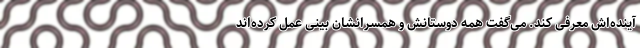
آینده‌اش معرفی کند. می‌گفت همه دوستانش و همسرانشان بینی عمل کرده‌اند